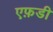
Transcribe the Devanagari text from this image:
एफ़डी